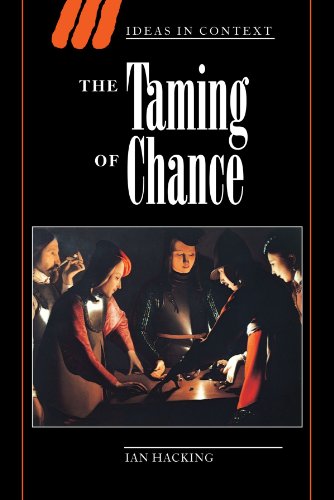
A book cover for The Taming of Chance (Ideas in Context); Ian Hacking; Politics & Social Sciences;